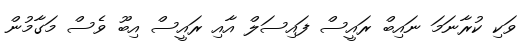
ވަކި ކުރާނަމަ ނައިބް ރައީސް ފައިސަލް އާއި ރައީސް އިބޫ ވެސް މަގާމުން